Annual report on the mental hospital in the Central Provinces and Berar (Nagpur) - 1927-1951
Year: 1927
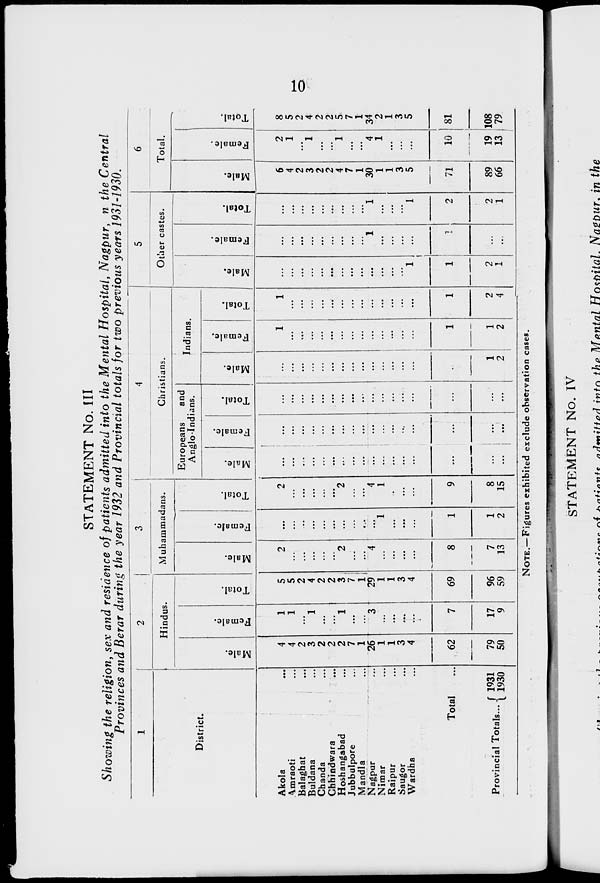
10
STATEMENT No. III
Showing the religion, sex and residence of patients admitted into the Mental Hospital, Nagpur, in the Central
Provinces and Berar during the year 1932 and Provincial totals for two previous years 1931-1930.
1
District.
Akola ...
Amraoti ...
Balaghat ...
Buldana ...
Chanda ...
Chhindwara ...
Hoshangabad ...
Jubbulpore ...
Mandla ...
Nagpur ...
Nimar ...
Raipur ...
Saugor ...
Wardha ...
Total ...
Provincial Totals ... 1931
1930
2
Hindus.
Male.
4
4
2
3
2
2
2
7
1
26
1
1
3
4
62
79
50
Female.
1
1
...
1
...
...
1
...
...
3
...
...
...
...
7
17
9
Total.
5
5
2
4
2
2
3
7
1
29
1
1
3
4
69
96
59
3
Muhammadans.
Male.
2
...
...
...
...
...
2
...
...
4
...
...
...
...
8
7
13
Female.
...
...
...
...
...
...
...
...
...
...
1
...
...
...
1
1
2
Total.
2
...
...
...
...
...
2
...
...
4
1
...
...
...
9
8
15
4
Christians.
Europeans
and
Anglo-Indians.
Male.
...
...
...
...
...
...
...
...
...
...
...
...
...
...
...
...
...
Female.
...
...
...
...
...
...
...
...
...
...
...
...
...
...
...
...
...
Total.
...
...
...
...
...
...
...
...
...
...
...
...
...
...
...
...
...
Indians.
Male.
...
...
...
...
...
...
...
...
...
...
...
...
...
...
...
1
2
Female.
1
...
...
...
...
...
...
...
...
...
...
...
...
...
1
1
2
Total.
1
...
...
...
...
...
...
...
...
...
...
...
...
...
1
2
4
5
Other castes.
Male.
...
...
...
...
...
...
...
...
...
...
...
...
...
1
1
2
1
Female.
...
...
...
...
...
...
...
...
...
1
...
...
...
...
1
...
...
Total.
...
...
...
...
...
...
...
...
...
1
...
...
...
1
2
2
1
6
Total.
Male.
6
4
2
3
2
2
4
7
1
30
1
1
3
5
71
89
66
Female.
2
1
...
1
...
...
1
...
...
4
1
...
...
...
10
19
13
Total.
8
5
2
4
2
2
5
7
1
34
2
1
3
5
81
108
79
NOTE.—Figures exhibited exclude observation cases.